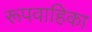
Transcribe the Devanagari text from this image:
रूपवाहिका